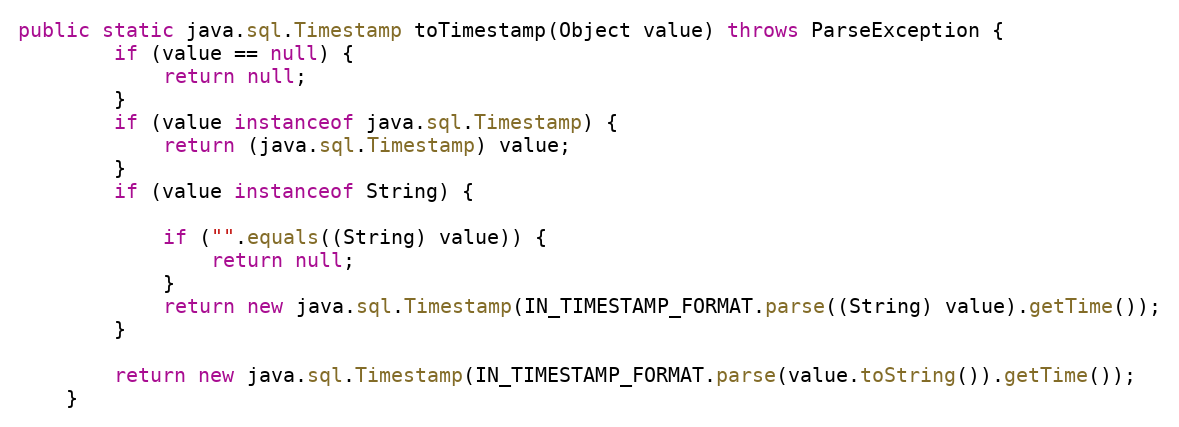
Language: Java
public static java.sql.Timestamp toTimestamp(Object value) throws ParseException {
        if (value == null) {
            return null;
        }
        if (value instanceof java.sql.Timestamp) {
            return (java.sql.Timestamp) value;
        }
        if (value instanceof String) {

            if ("".equals((String) value)) {
                return null;
            }
            return new java.sql.Timestamp(IN_TIMESTAMP_FORMAT.parse((String) value).getTime());
        }

        return new java.sql.Timestamp(IN_TIMESTAMP_FORMAT.parse(value.toString()).getTime());
    }